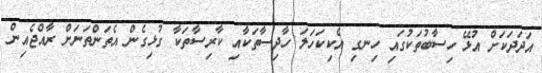
އަދަދަކަށް އުޅޭ ހިސާބުތަކުގައި ހިނގި އެކިކަހަލަ ހާދިސާތަކާއި ކާރިސާތަކާ ގުޅިގެން އެތަންތަނަށް ރާއްޖެއިން